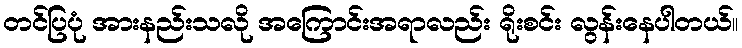
တင်ပြပုံ အားနည်းသလို အကြောင်းအရာလည်း ရိုးစင်း လွန်းနေပါတယ်။